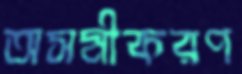
অসমীকরণ